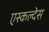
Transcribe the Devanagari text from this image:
एस्कल्देस